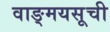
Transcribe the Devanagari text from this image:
वाङ्मयसूची